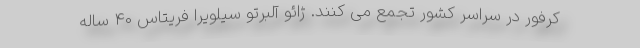
کرفور در سراسر کشور تجمع می کنند. ژائو آلبرتو سیلویرا فریتاس 40 ساله